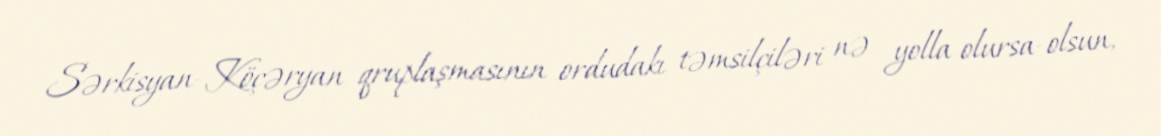
Sərkisyan-Köçəryan qruplaşmasının ordudakı təmsilçiləri nə yolla olursa-olsun,